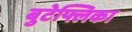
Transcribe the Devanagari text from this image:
बुटेफ्लिका